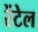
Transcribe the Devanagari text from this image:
रेंटेल